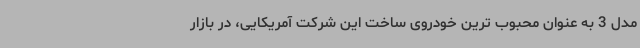
مدل 3 به عنوان محبوب ترین خودروی ساخت این شرکت آمریکایی، در بازار